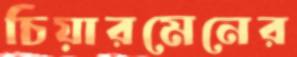
চিয়ারমেনের